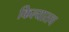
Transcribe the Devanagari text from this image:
किल्यातच